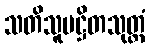
သတိသူပဋ္ဌိတသုတ္တံ